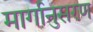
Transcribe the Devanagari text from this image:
मार्गानुसरण